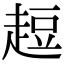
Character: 𧻿